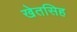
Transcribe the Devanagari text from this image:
खेतसिह